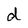
Character: d